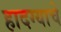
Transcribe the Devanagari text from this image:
हादग्याचे